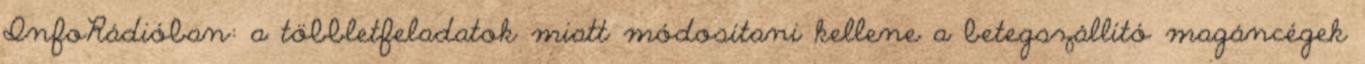
InfoRádióban: a többletfeladatok miatt módosítani kellene a betegszállító magáncégek